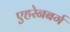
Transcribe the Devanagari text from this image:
एहरेनबर्ग